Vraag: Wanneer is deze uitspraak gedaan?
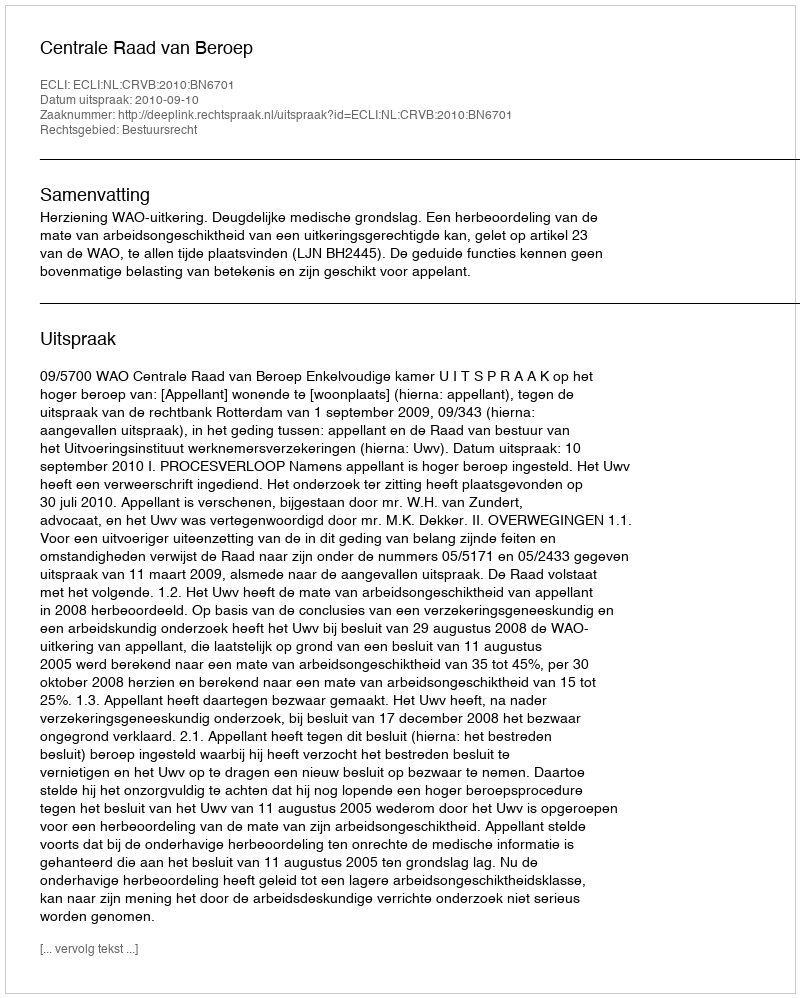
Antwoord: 2010-09-10